Civil Veterinary Dept. Assam report 1927-50 - 1927-1950
Year: 1927
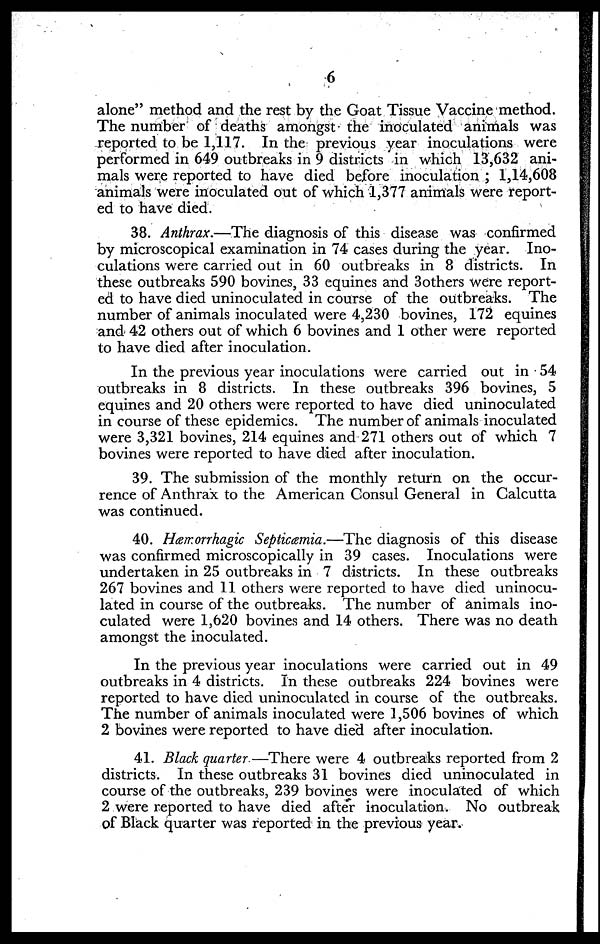
6
alone" method and the rest by the Goat Tissue Vaccine method.
The number of deaths amongst the inoculated animals was
reported to be 1,117. In the previous year inoculations were
performed in 649 outbreaks in 9 districts in which 13,632 ani-
mals were reported to have died before inoculation ; 1,14,608
animals were inoculated out of which 1,377 animals were report-
ed to have died.
38. Anthrax.—The diagnosis of this disease was confirmed
by microscopical examination in 74 cases during the year. Ino-
culations were carried out in 60 outbreaks in 8 districts. In
these outbreaks 590 bovines, 33 equines and 3others were report-
ed to have died uninoculated in course of the outbreaks. The
number of animals inoculated were 4,230 bovines, 172 equines
and 42 others out of which 6 bovines and 1 other were reported
to have died after inoculation.
In the previous year inoculations were carried out in 54
outbreaks in 8 districts. In these outbreaks 396 bovines, 5
equines and 20 others were reported to have died uninoculated
in course of these epidemics. The number of animals inoculated
were 3,321 bovines, 214 equines and 271 others out of which 7
bovines were reported to have died after inoculation.
39. The submission of the monthly return on the occur-
rence of Anthrax to the American Consul General in Calcutta
was continued.
40. Hæmorrhagic Septicæmia.—The diagnosis of this disease
was confirmed microscopically in 39 cases. Inoculations were
undertaken in 25 outbreaks in 7 districts. In these outbreaks
267 bovines and 11 others were reported to have died uninocu-
lated in course of the outbreaks. The number of animals ino-
culated were 1,620 bovines and 14 others. There was no death
amongst the inoculated.
In the previous year inoculations were carried out in 49
outbreaks in 4 districts. In these outbreaks 224 bovines were
reported to have died uninoculated in course of the outbreaks.
The number of animals inoculated were 1,506 bovines of which
2 bovines were reported to have died after inoculation.
41. Black quarter—There were 4 outbreaks reported from 2
districts. In these outbreaks 31 bovines died uninoculated in
course of the outbreaks, 239 bovines were inoculated of which
2 were reported to have died after inoculation. No outbreak
of Black quarter was reported in the previous year.